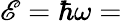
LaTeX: \mathscr{E}=\hbar\omega=